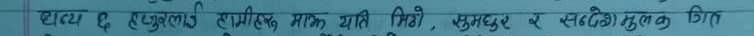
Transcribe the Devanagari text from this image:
शून्य ह एकुललाई एपिरिक, मात्र यात्री सिडी, सुमधुर र सन्देशमूलक गीत